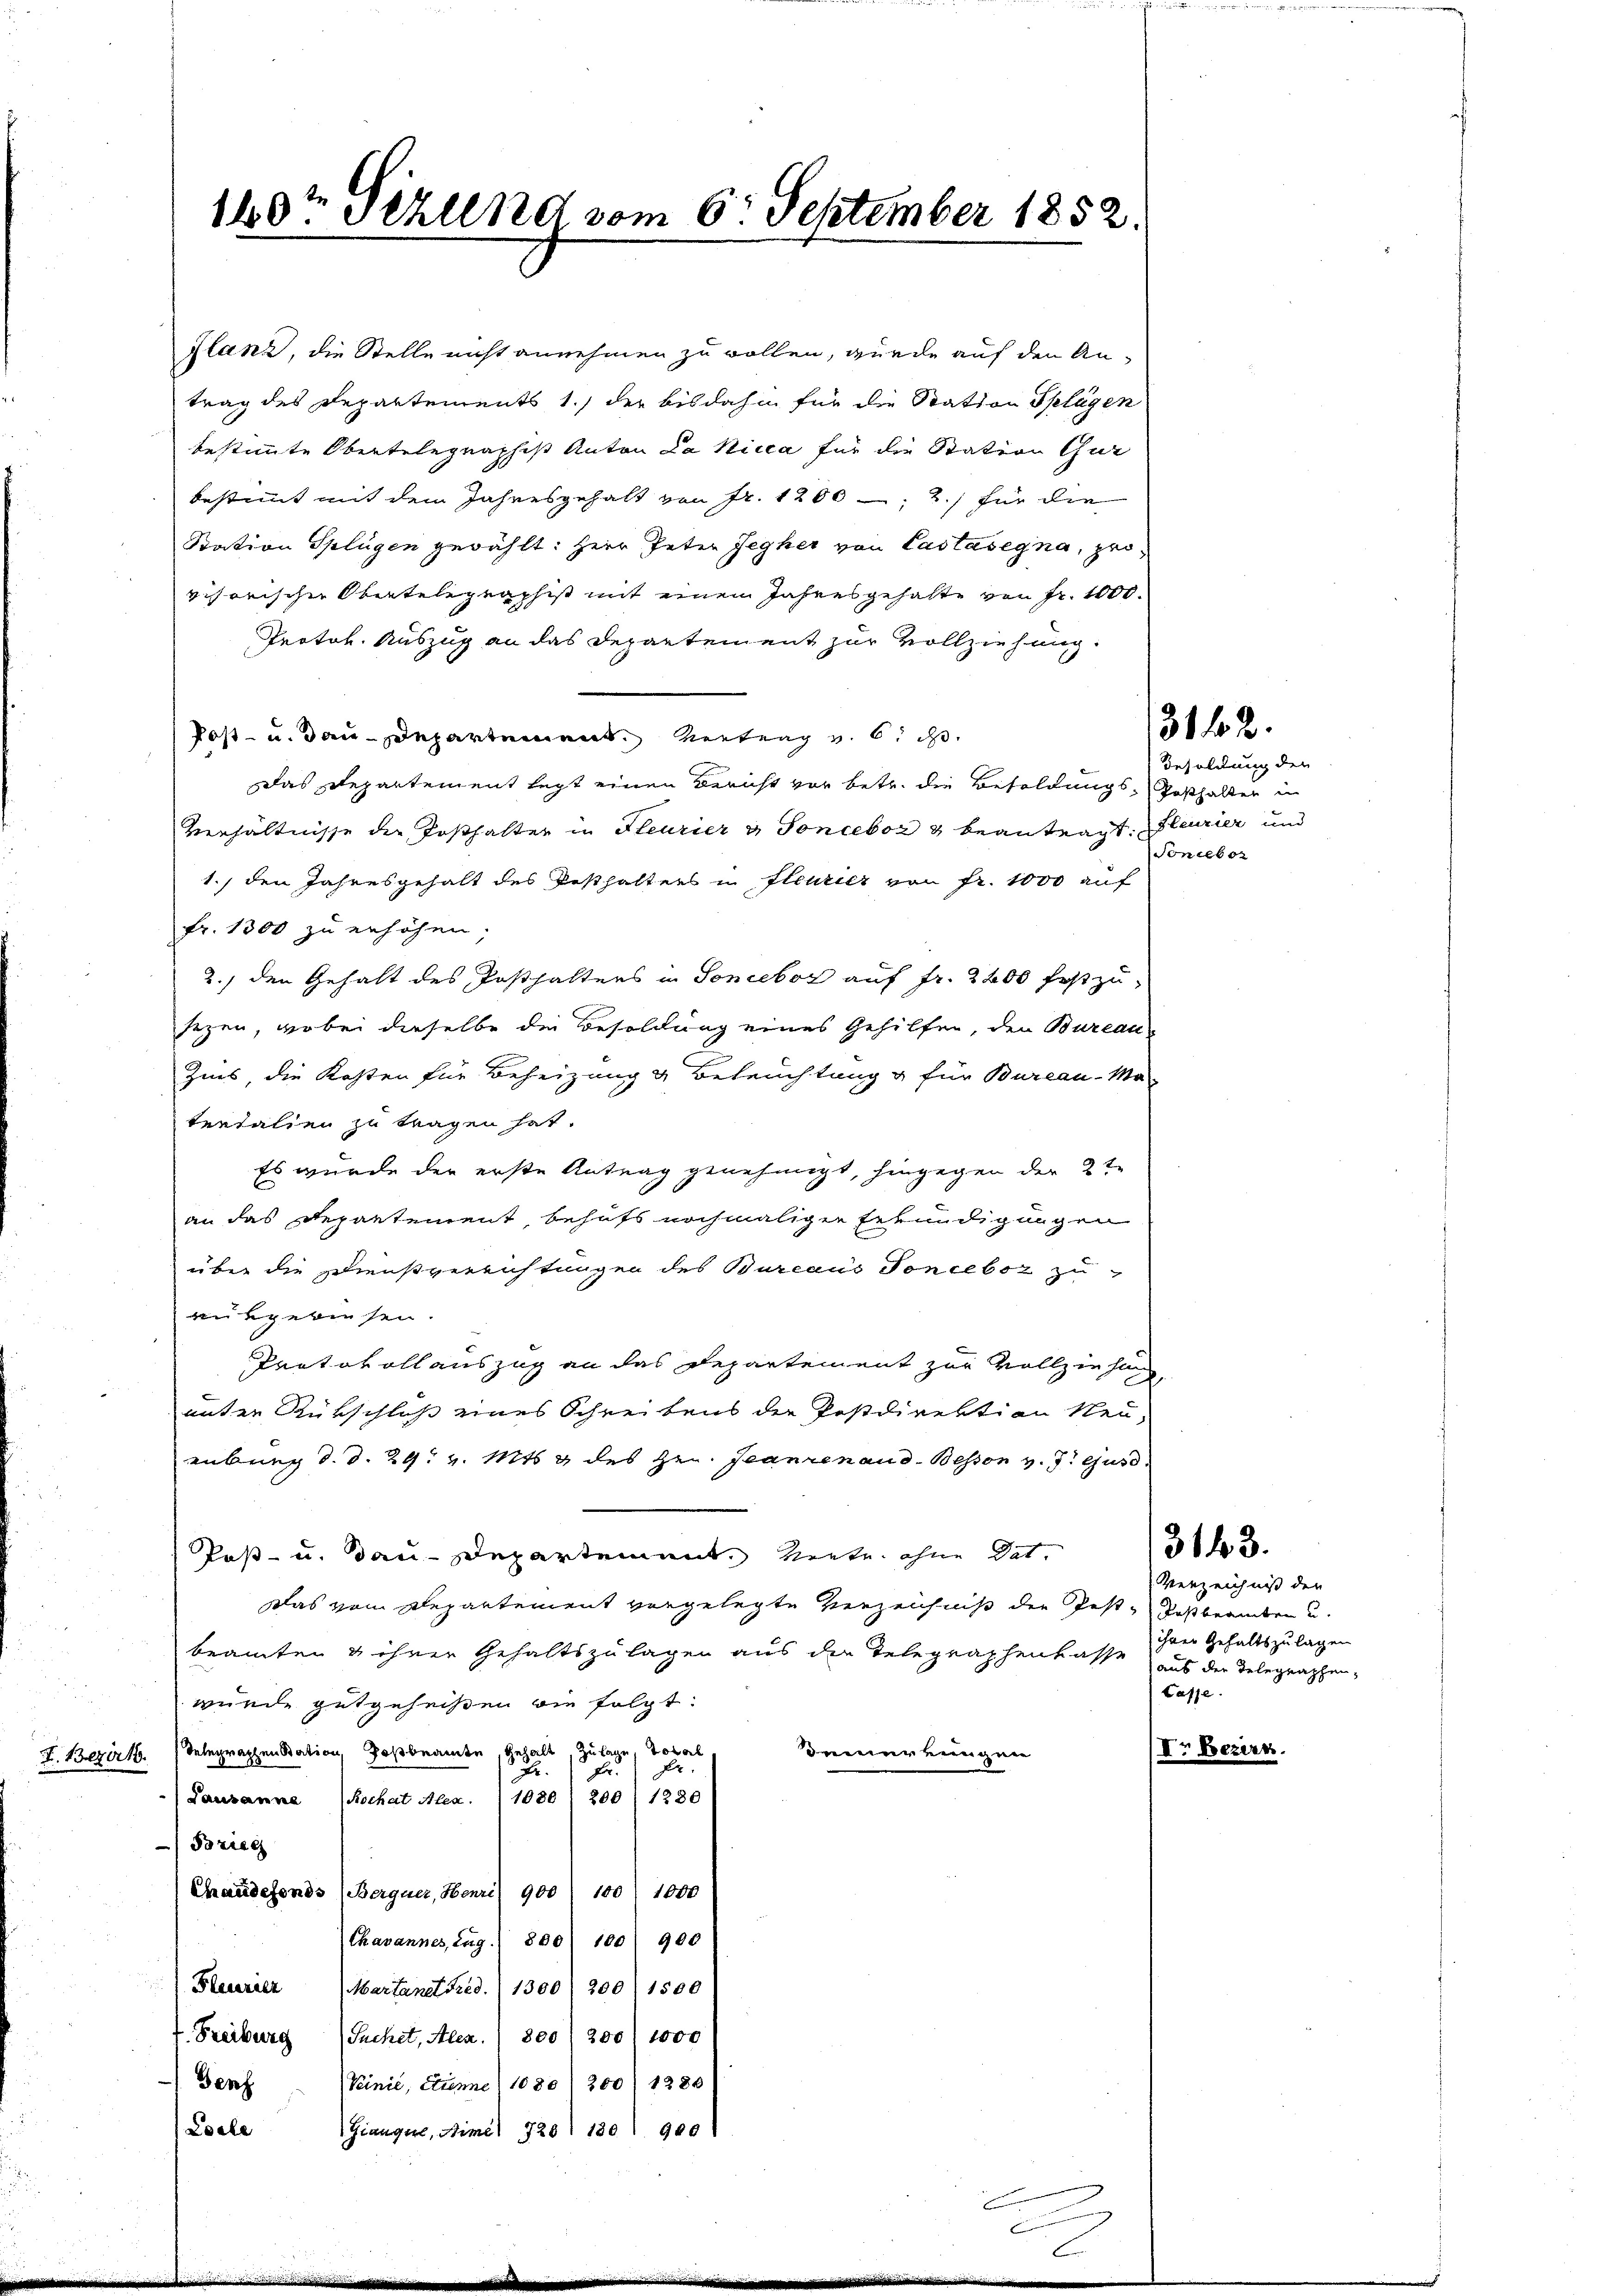
flanz, die Stelle nicht annehmen zu wollen, wurde auf den An-
trag des Departements 1., der bisdahin für die Station Splügen
bestimmte Obertelegraphist Anton La Nicca für die Station Gur
bestimmt mit dem Jahresgehalt von Fr. 1206 - 2.) für die
Station Splügen gewählt: Herr Peter Jegher von Castasegna, provisorischen Obertelegraphist mit einem Jahresgehalte von Fr. 1000.
Protok. Auszug an das Departement zur Vollziehung.
Post- u. Bau-Departement Vertrag v. 6.
Das Departement legt einen Bericht vor betr. die Besoldungs-Posthalten in
Verhältnisse die Posthalter in Heurier u Sonceboz & beantragt. Heurier und
1.) den Jahresgehalt des Pesthalters in fleurier von Fr. 1000 auf
Fr. 1300 zu erhöhen.
2.) den Gehalt des Posthalters in Sonceboz auf fr. 2200 festzu-
sezen, wobei dieselbe die Besoldung eines Gehilfen, den Bureau
Zins, die Kosten für Beheizung & Beleuchtung & für Bureau-Ma-
tertalien zu tragen hat.
Es wurde der erste Antrag genehmigt, hingegen der 2te
an das Departement, behufs nochmaliger Erkundigungen
über die Dienstverrichtungen des Bureaus Tonceboz zu
rukgewiesen.
Protokollauszug an das Departement zur Vollziehung
unter Rückschluß eines Schreibens die Postdirektion Neu-
eübung d. d. 29. v. Mts. & des Hrn. Jeanzenaud-Bessen v. J. ejusd.
Paß- u. Bau-Departement, heute ohne dat.
Das vom Repartement vorgelegte Verzeichniß der Jeste Postbeamten u.
beamten & ihrer Gehaltszulagen aus die Telegraphenkasse der Gehaltszulagen
wurde gutgeheißen wie folgt:
F. Bezirk Telegraphen Station Roßbeamte, gehalt, Zulage, total
deiner einigen
s
2.
f Fr.
(Lausanne Kochat Alex. (1080 / 200 (1230
Fozieg
Chaudefonds (Berquer, Henri 900) 100 f 1000
Chavannes, Zug. 800 100 900
 Heurier Martanet Fried. (1300/200) 1500
t. Freiburg
Suchet, Alex. (800 (200/ 1000
Genf
Peinić, Sinne) 1080 / 200 (1280)
Locle
Giangere, Simel 720 (1301 900

140. Stund vom 6. September 1852.

3142.

Besoldung der
Soncebor

Verzeichniß den
aus der Telegraphen,
Casse.

3143.